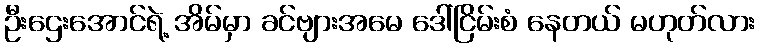
ဦးဌေးအောင်ရဲ့ အိမ်မှာ ခင်ဗျားအမေ ဒေါ်ငြိမ်းစံ နေတယ် မဟုတ်လား